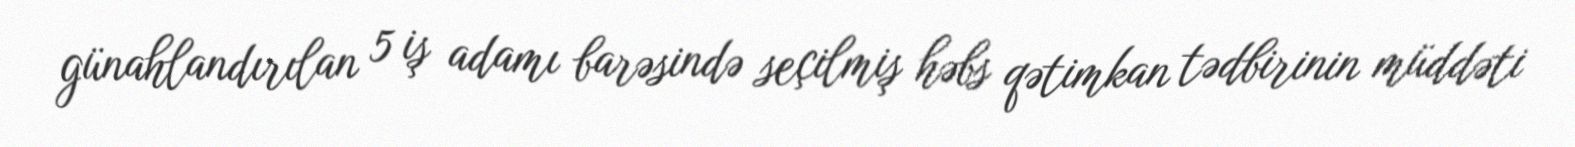
günahlandırılan 5 iş adamı barəsində seçilmiş həbs qətimkan tədbirinin müddəti